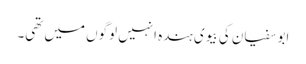
ابوسفیان کی بیوی ہندہ انہیں لوگوں میں تھی۔